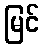
မြင်